Civil Veterinary Dept. Assam report 1927-50 - 1927-1950
Year: 1927
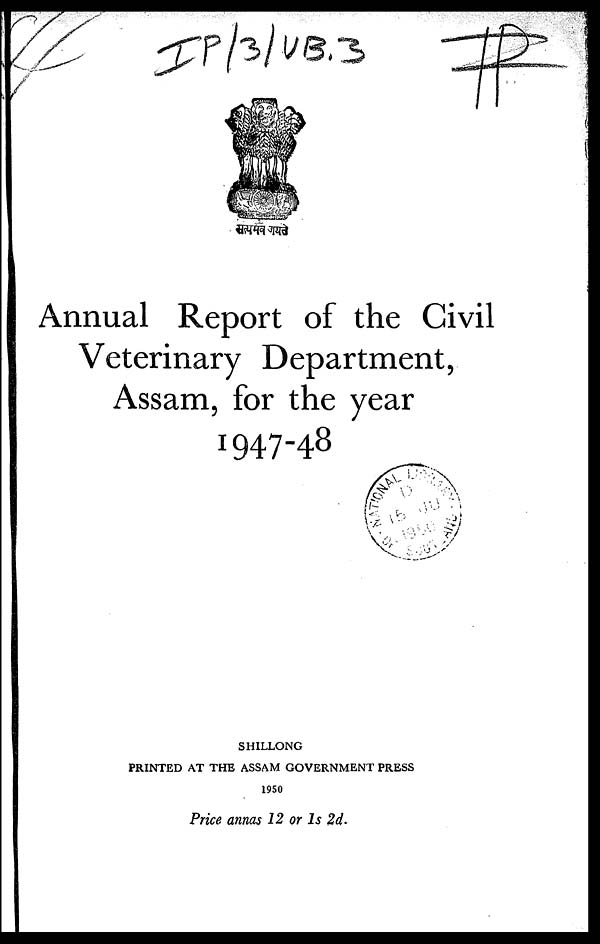
Annual Report of the Civil
Veterinary Department,
Assam, for the year
1947-48
SHILLONG
PRINTED AT THE ASSAM GOVERNMENT PRESS
1950
Price annas 12 or 1s 2d.